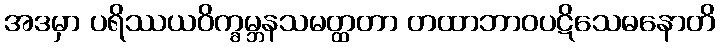
အဒမှာ ပရိဿယဝိက္ခမ္ဘနသမတ္ထတာ တထာဘာဝပဋိသေဓနောတိ